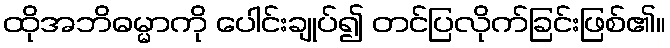
ထိုအဘိဓမ္မာကို ပေါင်းချုပ်၍ တင်ပြလိုက်ခြင်းဖြစ်၏။